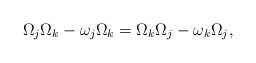
LaTeX: \begin{align*}\Omega_{j}\Omega_{k}-\omega_{j}\Omega_{k}=\Omega_{k}\Omega_{j}-\omega_{k}\Omega_{j},\end{align*}